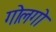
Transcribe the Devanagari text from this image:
गोलगो